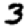
Digit: 3